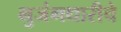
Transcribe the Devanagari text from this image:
भुजंगधारीचे